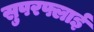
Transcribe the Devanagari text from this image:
सुपरफ्लाई